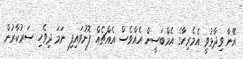
އޭނާ ވިދާޅުވީ އެމެރިކާގެ އެމްބަސީން އެއްވެސް އެއްޗެއް ފޮނުވައިފި ނަމަ ދިވެހި ސަރުކާރުން